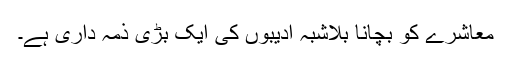
معاشرے کو بچانا بلاشبہ ادیبوں کی ایک بڑی ذمہ داری ہے۔